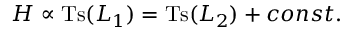
{ \cal H } \propto \mathrm { T s } ( { \cal L } _ { 1 } ) = \mathrm { T s } ( { \cal L } _ { 2 } ) + c o n s t .